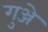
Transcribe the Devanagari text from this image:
गुञ्जे